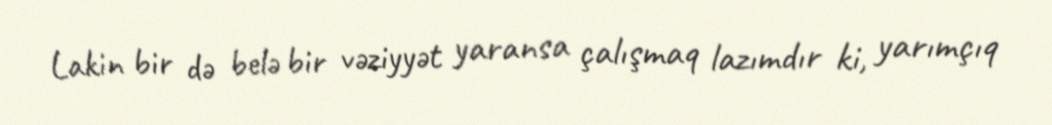
Lakin bir də belə bir vəziyyət yaransa çalışmaq lazımdır ki, yarımçıq